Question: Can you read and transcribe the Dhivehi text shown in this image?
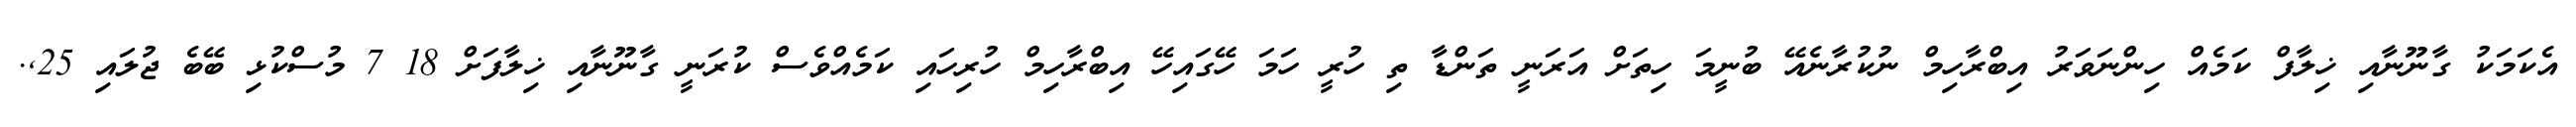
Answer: އެކަމަކު ގާނޫނާއި ޚިލާފް ކަމެއް ހިންނަވަރު އިބްރާހިމް ނުކުރާނެއޭ ބުނީމަ ހިތަށް އަރަނީ ތަންޑާ ތި ހުރީ ހަމަ ހޭގައިހޭ އިބްރާހިމް ހުރިހައި ކަމެއްވެސް ކުރަނީ ގާނޫނާއި ޚިލާފަށް 18 7 މުސްކުޅި ބޭބެ ޖުލައި 25,.